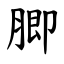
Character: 䐚